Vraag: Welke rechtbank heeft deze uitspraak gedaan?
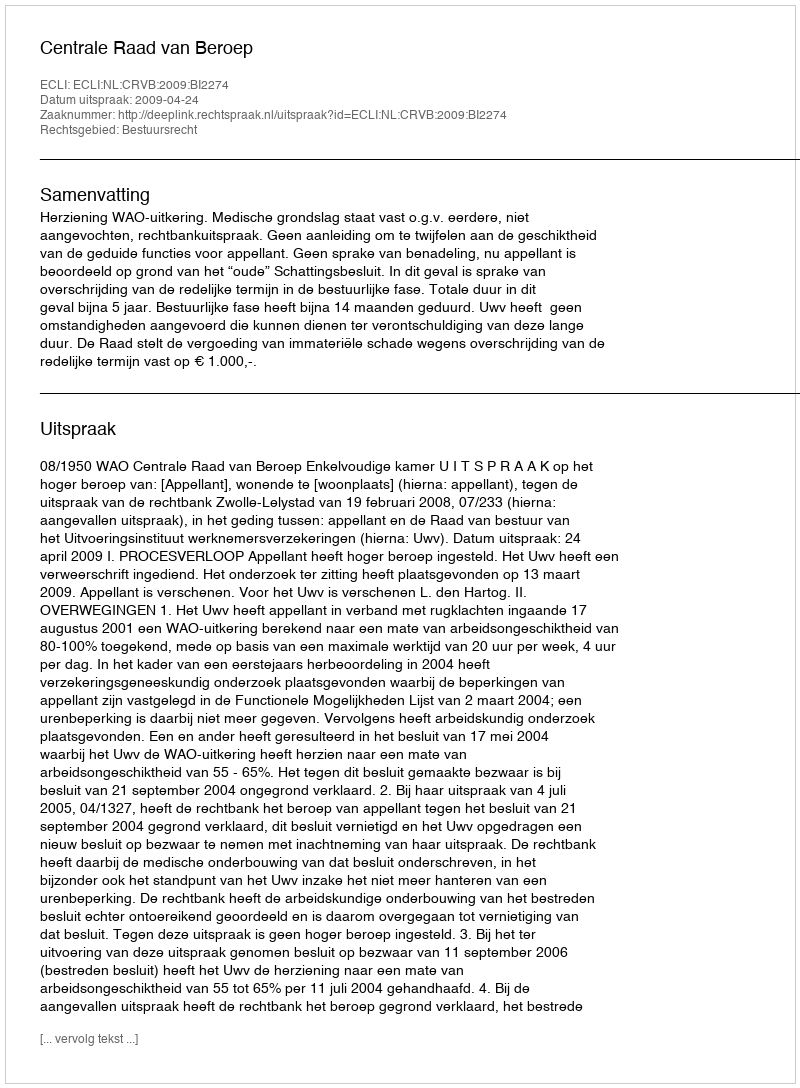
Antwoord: Centrale Raad van Beroep